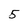
Character: 5